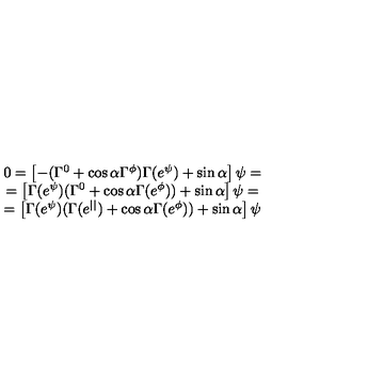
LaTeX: \begin{array} { c } { 0 = \left[ - ( \Gamma ^ { 0 } + \cos \alpha \Gamma ^ { \phi } ) \Gamma ( e ^ { \psi } ) + \sin \alpha \right] \psi = } \\ { = \left[ \Gamma ( e ^ { \psi } ) ( \Gamma ^ { 0 } + \cos \alpha \Gamma ( e ^ { \phi } ) ) + \sin \alpha \right] \psi = } \\ { = \left[ \Gamma ( e ^ { \psi } ) ( \Gamma ( e ^ { | | } ) + \cos \alpha \Gamma ( e ^ { \phi } ) ) + \sin \alpha \right] \psi } \\ \end{array}